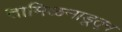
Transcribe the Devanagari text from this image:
तामिळनाडूतून